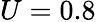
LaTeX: U=0.8